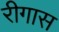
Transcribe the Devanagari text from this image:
रीगास